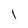
Character: 1